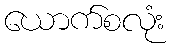
ယောက်စလုံး